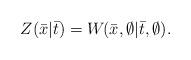
LaTeX: \begin{align*}Z(\bar x|\bar t)=W_{}(\bar x,\emptyset|\bar t,\emptyset).\end{align*}